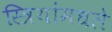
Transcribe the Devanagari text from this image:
स्त्रियांमधले